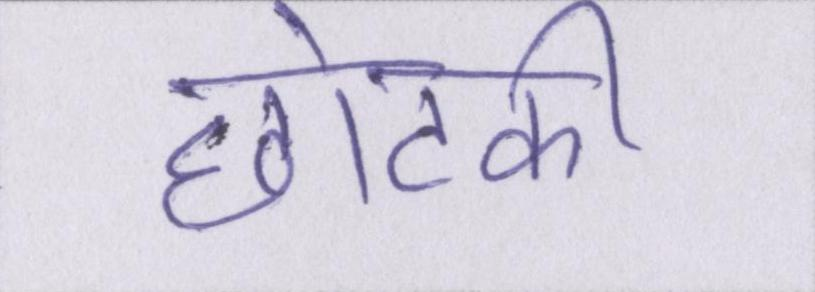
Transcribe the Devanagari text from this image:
छोटकी